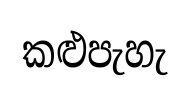
කළුපැහැ